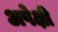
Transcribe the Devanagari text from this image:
अपेक्षी